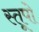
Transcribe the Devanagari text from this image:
स्‍तूपो